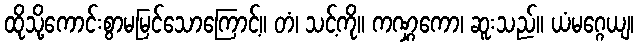
ထိုသို့ကောင်းစွာမမြင်သောကြောင့်။ တံ၊ သင့်ကို။ ကဏ္ဋကော၊ ဆူးသည်။ ယံမဂ္ဂေယျ၊